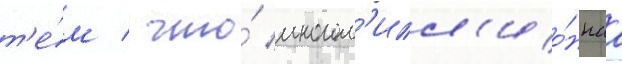
т'е́м / что́ многом'илл'ио́ннаа